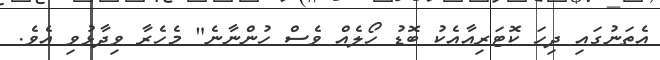
އެތަނުގައި ދިހަ ކޮޓަރިއާއެކު ބޮޑު ހޯލެއް ވެސް ހުންނާނެ" މެހެރާ ވިދާޅުވި އެވެ.